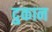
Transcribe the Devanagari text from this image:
दुकान